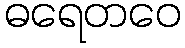
ဓရေတဝေ